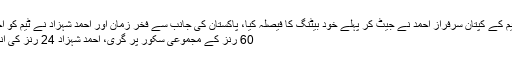
اس سے قبل میچ کا ٹاس قومی ٹیم کے کپتان سرفراز احمد نے جیٹ کر پہلے خود بیٹنگ کا فیصلہ کیا، پاکستان کی جانب سے فخر زمان اور احمد شہزاد نے ٹیم کو اچھا آغاز فراہم کیا اور پہلی وکٹ
60 رنز کے مجموعی سکور پر گری، احمد شہزاد 24 رنز کی اننگز کھیل کر پویلین واپس لوٹے۔